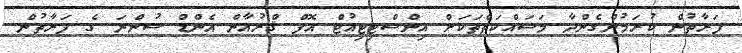
ފަރާތުން ކުރަމުންގެންދާ މަސައްކަތްތަކަށް އިންސްޓިޓިއުޓް އޮފް ޤްރުއާން އެންޑް ސުންނަ ގެ ފަރާތުން